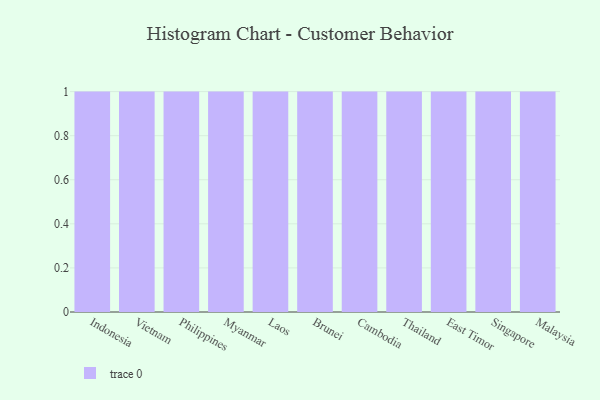
{"axis": {"x": "Country", "y": "Inventory Turnover"}, "legend": [""], "data": [{"x": "Indonesia", "y": 40, "type": ""}, {"x": "Vietnam", "y": 44, "type": ""}, {"x": "Philippines", "y": 45, "type": ""}, {"x": "Myanmar", "y": 17, "type": ""}, {"x": "Laos", "y": 83, "type": ""}, {"x": "Brunei", "y": 13, "type": ""}, {"x": "Cambodia", "y": 20, "type": ""}, {"x": "Thailand", "y": 28, "type": ""}, {"x": "East Timor", "y": 42, "type": ""}, {"x": "Singapore", "y": 9, "type": ""}, {"x": "Malaysia", "y": 4, "type": ""}]}